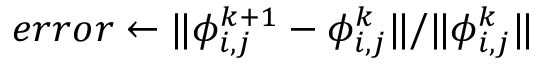
e r r o r \leftarrow \| \phi _ { i , j } ^ { k + 1 } - \phi _ { i , j } ^ { k } \| / \| \phi _ { i , j } ^ { k } \|